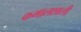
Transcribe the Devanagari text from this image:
कमालशाली